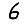
Digit: 6